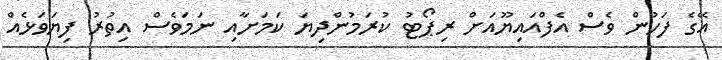
އޭގެ ފަހުން ވެސް އެފްއައިޔޫއަށް ރިޕޯޓު ކުރަމުންދިޔަ ކަމަށާއި ނަމަވެސް އިތުރު ފިޔަވަޅެއް